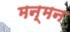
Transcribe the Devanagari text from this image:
मन्मन